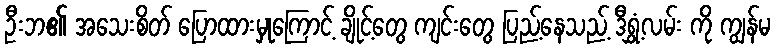
ဦးဘ၏ အသေးစိတ် ပြောထားမှုကြောင့် ချိုင့်တွေ ကျင်းတွေ ပြည့်နေသည့် ဒီရွှံ့လမ်း ကို ကျွန်မ